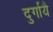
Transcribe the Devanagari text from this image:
दुर्गायै